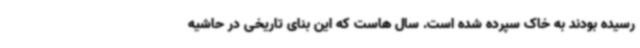
رسیده بودند به خاک سپرده شده است. سال هاست که این بنای تاریخی در حاشیه